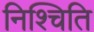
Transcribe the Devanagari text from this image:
निश्चिति